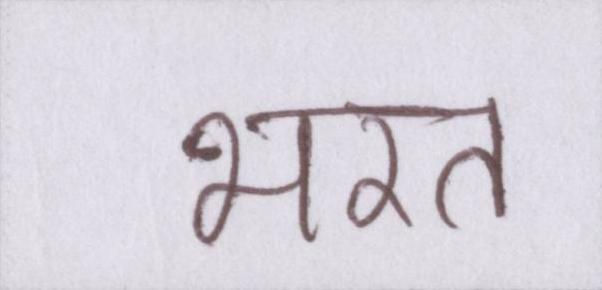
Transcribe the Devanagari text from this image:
भरत